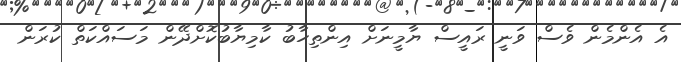
އެ އެންމެން ވެސް ވަނީ ރައީސް ޔާމީނަށް އިންތިހާބު ކާމިޔާބުކޮށްދޭން މަސައްކަތް ކުރަން